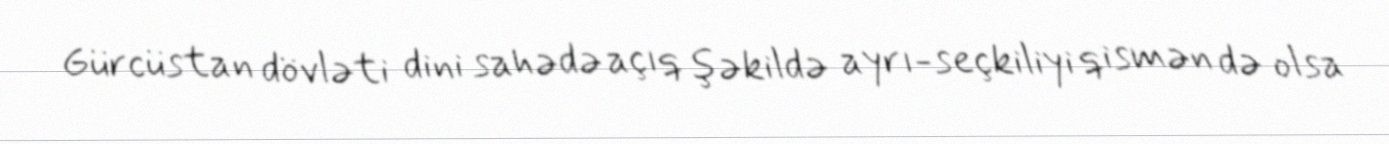
Gürcüstan dövləti dini sahədə açıq şəkildə ayrı-seçkiliyi qismən də olsa